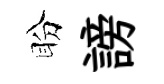
盼謗